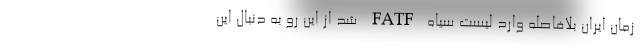
زمان ایران بلافاصله وارد لیست سیاه FATF شد از این رو به دنبال این